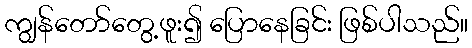
ကျွန်တော်တွေ့ဖူး၍ ပြောနေခြင်း ဖြစ်ပါသည်။